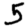
Digit: 5